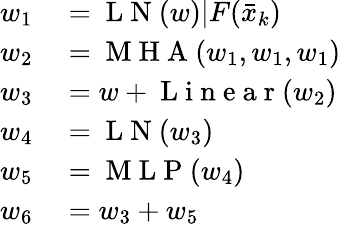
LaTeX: \begin{array}{rl}{w_{1}}&{{}=\mathrm{~L~N~}(w)|F(\bar{x}_{k})}\\ {w_{2}}&{{}=\mathrm{~M~H~A~}(w_{1},w_{1},w_{1})}\\ {w_{3}}&{{}=w+\mathrm{~L~i~n~e~a~r~}(w_{2})}\\ {w_{4}}&{{}=\mathrm{~L~N~}(w_{3})}\\ {w_{5}}&{{}=\mathrm{~M~L~P~}(w_{4})}\\ {w_{6}}&{{}=w_{3}+w_{5}}\end{array}